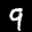
Label: 9